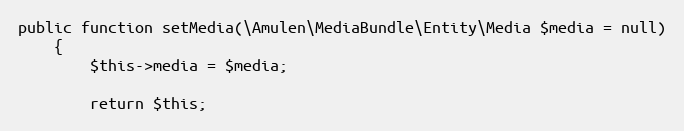
Language: PHP
public function setMedia(\Amulen\MediaBundle\Entity\Media $media = null)
    {
        $this->media = $media;

        return $this;